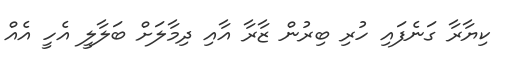
ކިޔާރާ ގަނެފައި ހުރި ބިރުން ޒާރާ އާއި ދިމާލަށް ބަލާލީ އެހީ އެއް